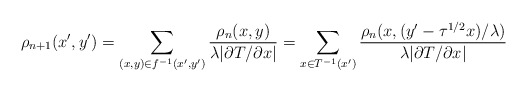
\begin{align*}\rho_{n+1}(x',y') = \sum_{(x,y)\in f^{-1}(x',y')} \frac{\rho_n(x,y)}{\lambda |\partial T/\partial x|} = \sum_{x\in T^{-1}(x')} \frac{\rho_n(x,(y'-\tau^{1/2}x)/\lambda)} {\lambda |\partial T/\partial x|}\end{align*}